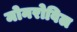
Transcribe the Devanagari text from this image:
मोनरोविल